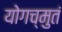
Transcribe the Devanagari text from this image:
योगच्मुतं